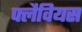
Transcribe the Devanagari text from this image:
फ्लैवियस